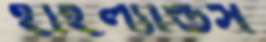
হাইল্যান্ডস